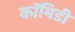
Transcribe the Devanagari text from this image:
कॉमिडी